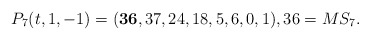
\begin{gather*}P_7(t,1,-1) =({\bf 36},37,24,18,5,6,0,1), 36 = MS_7.\end{gather*}